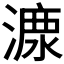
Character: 𣼟